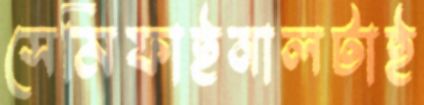
সেমিফাইনালটাই